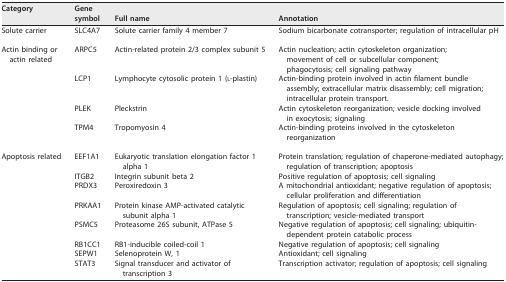
<table><thead><tr><td><b>Category</b></td><td><b>Genesymbol</b></td><td><b>Full name</b></td><td><b>Annotation</b></td></tr></thead><tbody><tr><td>Solute carrier</td><td>SLC4A7</td><td>Solute carrier family 4 member 7</td><td>Sodium bicarbonate cotransporter; regulation of intracellular pH</td></tr><tr><td>Actin binding or actin related</td><td>ARPC5</td><td>Actin-related protein 2/3 complex subunit 5</td><td>Actin nucleation; actin cytoskeleton organization; movement of cell or subcellular component; phagocytosis; cell signaling pathway</td></tr><tr><td rowspan="3"></td><td>LCP1</td><td>Lymphocyte cytosolic protein 1 (l-plastin)</td><td>Actin-binding protein involved in actin filament bundle assembly; extracellular matrix disassembly; cell migration; intracellular protein transport.</td></tr><tr><td>PLEK</td><td>Pleckstrin</td><td>Actin cytoskeleton reorganization; vesicle docking involved in exocytosis; signaling</td></tr><tr><td>TPM4</td><td>Tropomyosin 4</td><td>Actin-binding proteins involved in the cytoskeleton reorganization</td></tr><tr><td>Apoptosis related</td><td>EEF1A1</td><td>Eukaryotic translation elongation factor 1 alpha 1</td><td>Protein translation; regulation of chaperone-mediated autophagy; regulation of transcription; apoptosis</td></tr><tr><td rowspan="7"></td><td>ITGB2</td><td>Integrin subunit beta 2</td><td>Positive regulation of apoptosis; cell signaling</td></tr><tr><td>PRDX3</td><td>Peroxiredoxin 3</td><td>A mitochondrial antioxidant; negative regulation of apoptosis; cellular proliferation and differentiation</td></tr><tr><td>PRKAA1</td><td>Protein kinase AMP-activated catalytic subunit alpha 1</td><td>Regulation of apoptosis; cell signaling; regulation of transcription; vesicle-mediated transport</td></tr><tr><td>PSMC5</td><td>Proteasome 26S subunit, ATPase 5</td><td>Negative regulation of apoptosis; cell signaling; ubiquitin-dependent protein catabolic process</td></tr><tr><td>RB1CC1</td><td>RB1-inducible coiled-coil 1</td><td>Negative regulation of apoptosis; cell signaling</td></tr><tr><td>SEPW1</td><td>Selenoprotein W, 1</td><td>Antioxidant; cell signaling</td></tr><tr><td>STAT3</td><td>Signal transducer and activator of transcription 3</td><td>Transcription activator; regulation of apoptosis; cell signaling</td></tr></tbody></table>